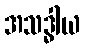
အသဒ္ဓါယ